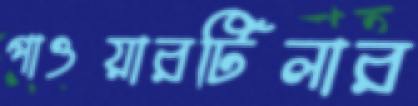
পাওয়ারটিলার